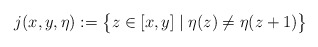
\begin{align*}j(x,y,\eta):= \bigl\{ z\in[x,y] \mid \eta(z)\ne\eta(z+1) \bigr\}\end{align*}